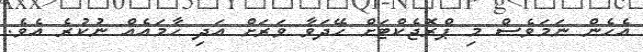
އެހެން ނަމަވެސް މި ޕްރޮޖެކްޓަށް ހޭދަވާ ވަރަށް އަދި ހާމައެއް ނުކުރެ އެވެ.